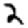
Digit: 2